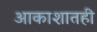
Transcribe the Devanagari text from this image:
आकाशातही